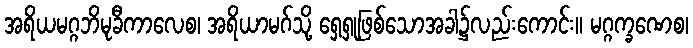
အရိယမဂ္ဂဘိမုခီကာလေစ၊ အရိယာမဂ်သို့ ရှေ့ရှုဖြစ်သောအခါ၌လည်းကောင်း။ မဂ္ဂက္ခဏေစ၊